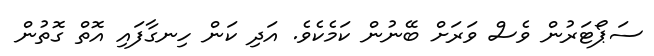
ސަޕޯޓަރުން ވެސް ވަރަށް ބޭނުން ކަމެކެވެ. އަދި ކަން ހިނގާފައި އޮތް ގޮތުން